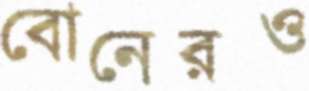
বোনেরও